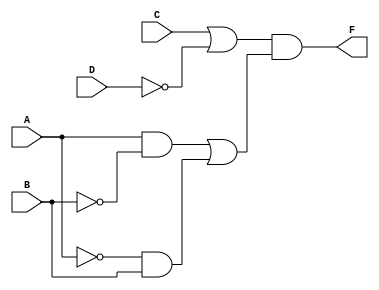
//fig 3-21 (a) pg. 123
module mod3_31_c(F, A, B, C, D);
    output F;
    input A, B, C, D;
    wire and1_wire, and2_wire, or1_wire, or2_wire;

    and G1(and1_wire, A, ~B);
    and G2(and2_wire, ~A, B);
    or G3(or1_wire, C, ~D);
    or G4(or2_wire, and1_wire, and2_wire);
    and G5(F, or1_wire, or2_wire);
endmodule

module mod3_31_c_tb;
reg a, b, c, d;
wire y;

mod3_31_c circuit(y, a, b, c, d);
initial
begin
$monitor("a=%b, b=%b, c=%b, d=%b, y=%b", a, b, c, d, y);
a = 0; b = 0; c = 0; d = 0; #10;
a = 0; b = 0; c = 0; d = 1; #10;
a = 0; b = 0; c = 1; d = 0; #10;
a = 0; b = 0; c = 1; d = 1; #10;
a = 0; b = 1; c = 0; d = 0; #10;
a = 0; b = 1; c = 0; d = 1; #10;
a = 0; b = 1; c = 1; d = 0; #10;
a = 0; b = 1; c = 1; d = 1; #10;
a = 1; b = 0; c = 0; d = 0; #10;
a = 1; b = 0; c = 0; d = 1; #10;
a = 1; b = 0; c = 1; d = 0; #10;
a = 1; b = 0; c = 1; d = 1; #10;
a = 1; b = 1; c = 0; d = 0; #10;
a = 1; b = 1; c = 0; d = 1; #10;
a = 1; b = 1; c = 1; d = 0; #10;
a = 1; b = 1; c = 1; d = 1; #10;
$finish;
end
endmodule